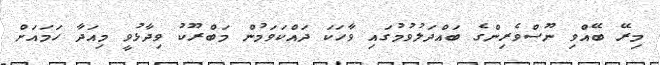
މިރޭ ބޭއްވި ނޫސްވެރިންގެ ބައްދަލުވުމުގައި ވާހަކަ ދައްކަވަމުން މަބްރޫކު ވިދާޅުވީ މިއަދާ ހަމައަށް